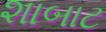
શાબાટ